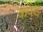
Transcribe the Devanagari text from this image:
केपेड़